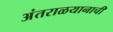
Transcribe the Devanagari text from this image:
अंतराळयानाची